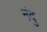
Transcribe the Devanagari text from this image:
नंदु